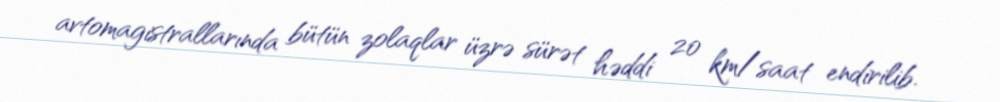
avtomagistrallarında bütün zolaqlar üzrə sürət həddi 20 km/saat endirilib.